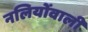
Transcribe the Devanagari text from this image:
नलियोंवाली